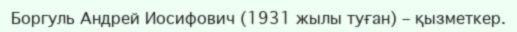
Боргуль Андрей Иосифович (1931 жылы туған) – қызметкер.